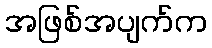
အဖြစ်အပျက်က